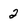
Character: 2